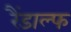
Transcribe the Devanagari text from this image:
रैंडाल्फ